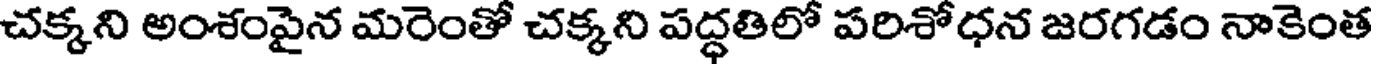
చక్కని అంశంపైన మరెంతో చక్కని పద్ధతిలో పరిశోధన జరగడం నాకెంత